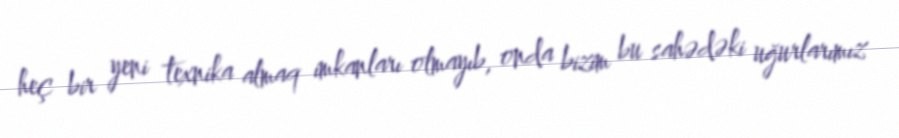
heç bir yeni texnika almaq imkanları olmayıb, onda bizim bu sahədəki uğurlarımız